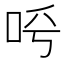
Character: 𠰗